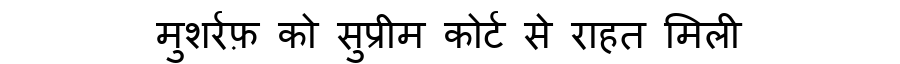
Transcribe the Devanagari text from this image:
मुशर्रफ़ को सुप्रीम कोर्ट से राहत मिली